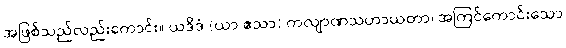
အဖြစ်သည်လည်းကောင်း။ ယဒိဒံ (ယာ ဧသာ) ကလျာဏသဟာယတာ၊ အကြင်ကောင်းသော